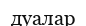
дуалар